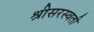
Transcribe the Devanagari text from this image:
श्रीसरस्वती